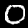
Label: 0